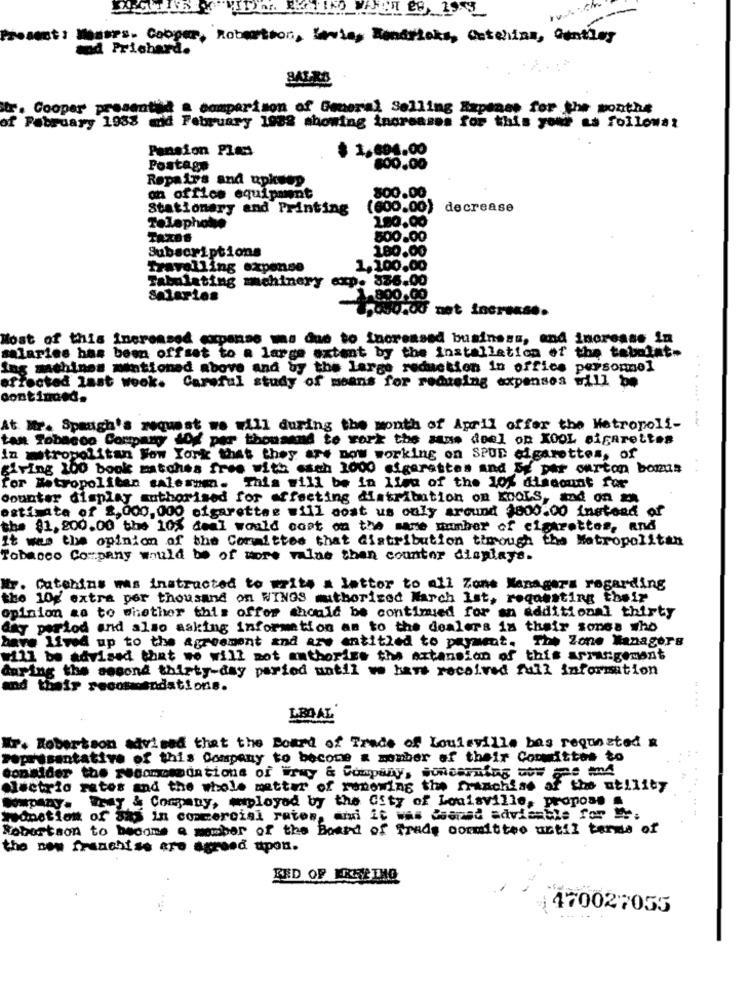
---
Prosent: Mamers. Cooper, Robertson, Levie, Kendricks, Cetchina, Cantley
wod Prichard.
BALRS
tr. Cooper presentha a comparison of General Selling Expanas for the months
of February 1938 mid February 1932 showing increases for this your as followst
Pension Ples
$ 1,694.00
Postage
800.00
Repairs and upkeep
800.00
an office equipment
Stationary and Printing
(600.00) decrease
Telaphoto
180.00
500.00
Subscriptions
180.00
Travelling expense
1.100.00
Fabulating machinery exp. 836.00
Salarios
1 800.00
.000,00 met increase.
Most of this increased expanse ms due to Increased business, and increase in
salaries has been offset to a large extent by the installation of the tebolat.
Ing machines mentioned above and by the largo reduction in office personnel
...
affected last wook. Careful study of means for reducing expenses will be
continued.
At Mr. Spaugh's request we will during the month of April offer the Metropoli-
tan Tobacco Company Wf per thousand to work the sans deel on XOOL sigarettes
in metropolitan New York that they are now working on SPUD cigarettes, of
giving 100 book matches free with esch 2000 cigarettes and Se per ourton bonus
for Metropolitan salesman. This will be in lieu of the 10% discount for
counter display authorised for affecting distribution on KOOLS, and on z
estimate of 8,000,000 cigarettes will cost us only around $800.00 instead of
the $1,200.00 the 10% deal would cost on the same number of cigarettes, and
It was the opinion of the Committed that distribution through the Metropolitan
Tobacco Company would be of wore ralne then counter displays.
Mr. Catehins mas instructed to write a letter to all Zone Managers regarding
the 10g extra per thousand on WINGS authorized March 1st, requesting their
opinion za to whether this offer should be continued for an additional thirty
day period and also asking information an to the dealers in their songs who
have lived up to the agreement and are entitled to payment. The Zone Managers
will be advised that we will not authorize the extension of this arrangement
mg the second thirty-day paried until we have received full information
their recomosndations.
LBOAL
Mr. Robertson advised that the Board of Trade of Louisville has requested a
representative of this Company to become a member of their Conmittos to
consider the rocomomodations of Eray & Company, sonderning wow me and
electric rates and the whole matter of renewing the franchise of the utility
Company. Fray & Company, employed by the City of Louisville, propose
monetiom of sas in commercial ratos, ari it was dsanad advisable for My;
Robertson to become a member of the Board of Trade committee until tende of
the new franchise are agreed upon.
RED OF EREPINO
470027055
-
. ..